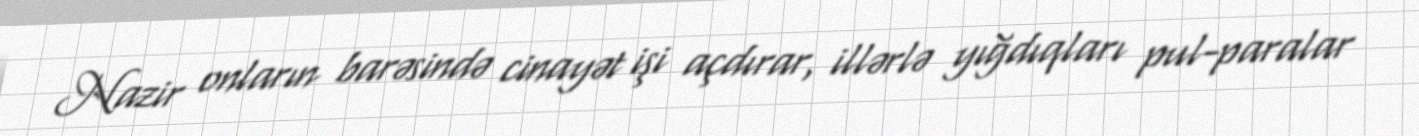
Nazir onların barəsində cinayət işi açdırar, illərlə yığdıqları pul-paralar